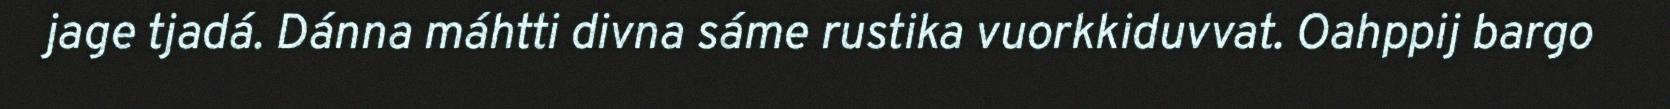
jage tjadá. Dánna máhtti divna sáme rustika vuorkkiduvvat. Oahppij bargo